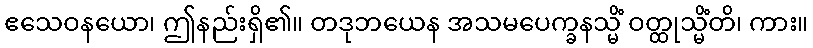
ဧသေဝနယော၊ ဤနည်းရှိ၏။ တဒုဘယေန အသမပေက္ခနသ္မိံ ဝတ္ထုသ္မိံတိ၊ ကား။